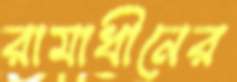
রামাধীনের